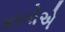
કાનોએ